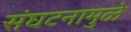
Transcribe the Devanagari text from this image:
संघटनामुळे